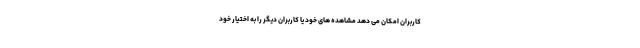
کاربران امکان می دهد مشاهده های خود یا کاربران دیگر را به اختیار خود